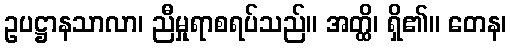
ဥပဋ္ဌာနသာလာ၊ ညီမှုရာစရပ်သည်။ အတ္ထိ၊ ရှိ၏။ တေန၊